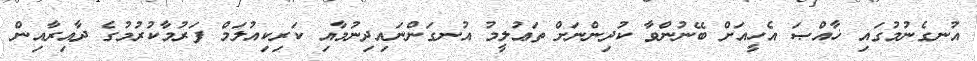
އުނގެނުމުގައި ޚާއްޞަ އެހީއަށް ބޭނުންވާ ކުދިންނަށް ތަޢުލީމު އުނގަންނައިދިނުމާއި ކަރިކިއުލަމް ފަރުމާކުރުމުގެ ދާއިރާއިން